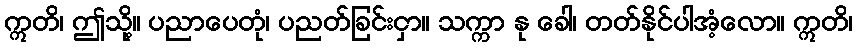
ဣတိ၊ ဤသို့။ ပညာပေတုံ၊ ပညတ်ခြင်းငှာ။ သက္ကာ နု ခေါ၊ တတ်နိုင်ပါအံ့လော။ ဣတိ၊